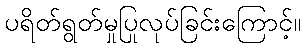
ပရိတ်ရွတ်မှုပြုလုပ်ခြင်းကြောင့်။